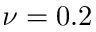
\nu = 0 . 2